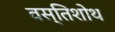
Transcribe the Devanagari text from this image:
वस्तिशोथ